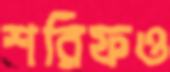
শরিফও